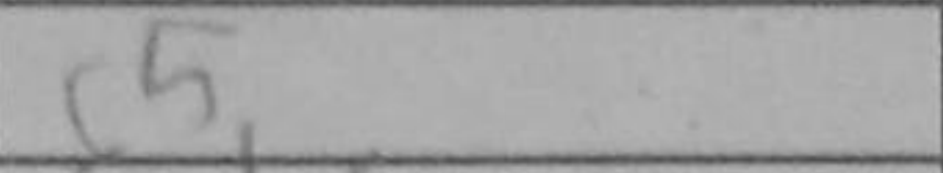
Transcription: c5